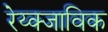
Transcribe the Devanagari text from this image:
रेय्क्जाविक